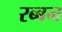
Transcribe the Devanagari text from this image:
रब्बन